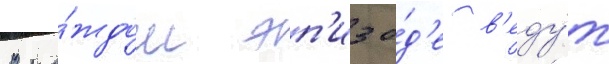
В ка́ждом эп'изо́д'е в'еду́т